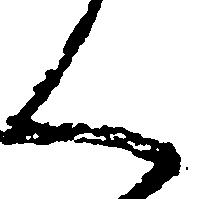
く